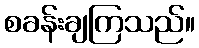
စခန်းချကြသည်။